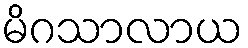
မိဂသာလာယ